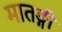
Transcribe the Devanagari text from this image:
मातङ्गी